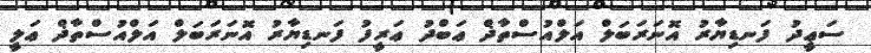
ސަޢީދު ފަނޑިޔާރު އޮނަރަބަލް އަލްއުސްތާޛް ޢަބްދު ޢަރީފު ފަނޑިޔާރު އޮނަރަބަލް އަލްއުސްތާޛް ޢަލީ